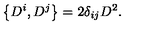
\left\{ D ^ { i } , D ^ { j } \right\} = 2 \delta _ { i j } D ^ { 2 } .